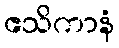
ဧသိကာနံ